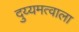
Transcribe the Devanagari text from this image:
दुय्यमत्वाला